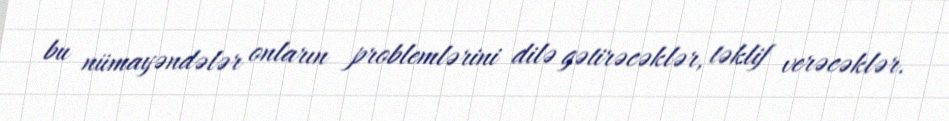
bu nümayəndələr onların problemlərini dilə gətirəcəklər, təklif verəcəklər.